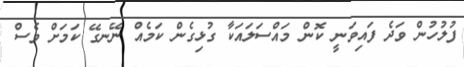
ފުލުހުން ވަދެ ފައިވަނީ ކޮން މައްސަލައަކާ ގުޅިގެން ކަމެއް ނޭނގޭ ކަމަށް ވެސް